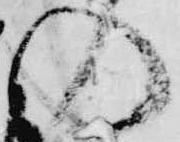
の